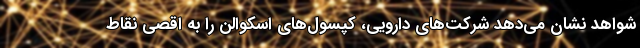
شواهد نشان می‌دهد شرکت‌های دارویی، کپسول‌های اسکوالن را به اقصی نقاط